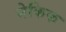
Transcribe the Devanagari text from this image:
मेकिफ